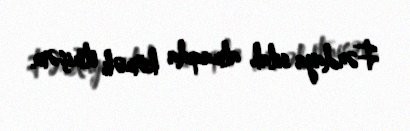
Fərdaya silah almaqda kömək etmişəm.